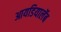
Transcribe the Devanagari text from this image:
आयडियालॅब